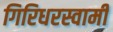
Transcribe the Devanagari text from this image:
गिरिधरस्वामी